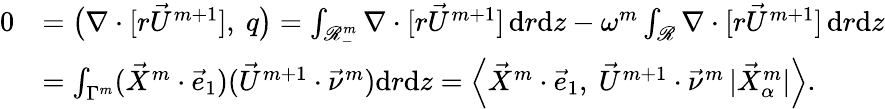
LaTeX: \begin{array}{rl}{0}&{=\big(\nabla\cdot[r\vec{U}^{m+1}],~q\big)=\int_{\mathscr{R}_{-}^{m}}\nabla\cdot[r\vec{U}^{m+1}]\, \mathrm{d}r\mathrm{d}z-\omega^{m}\int_{\mathscr{R}}\nabla\cdot[r\vec{U}^{m+1}]\, \mathrm{d}r\mathrm{d}z}\\ &{=\int_{\Gamma^{m}}(\vec{X}^{m}\cdot\vec{e}_{1})(\vec{U}^{m+1}\cdot\vec{\nu}^{m})\mathrm{d}r\mathrm{d}z=\Big\langle\vec{X}^{m}\cdot\vec{e}_{1},~\vec{U}^{m+1}\cdot\vec{\nu}^{m}\, |\vec{X}_{\alpha}^{m}|\Big\rangle.}\end{array}